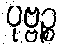
ပုဗ္ဗဉ္စ